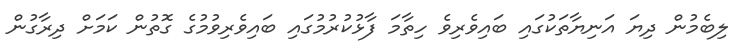
ލިބެމުން ދިޔަ އަނިޔާތަކުގައި ބައިވެރިވެ ހިތާމަ ފާޅުކުރުމުގައި ބައިވެރިވުމުގެ ގޮތުން ކަމަށް ދިރާގުން